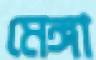
মেঙ্গা